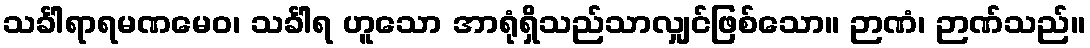
သင်္ခါရာရမဏမေဝ၊ သင်္ခါရ ဟူသော အာရုံရှိသည်သာလျှင်ဖြစ်သော။ ဉာဏံ၊ ဉာဏ်သည်။